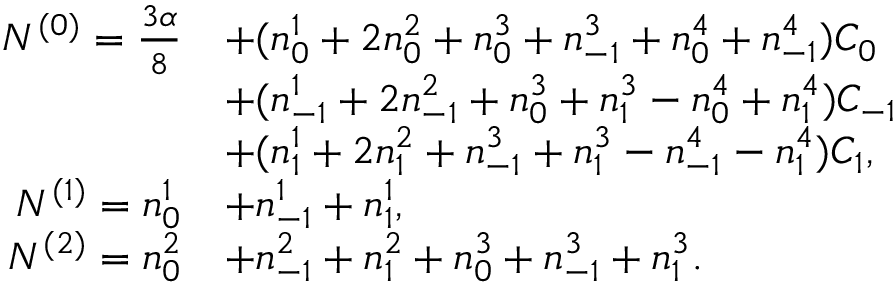
\begin{array} { r l } { N ^ { ( 0 ) } = \frac { 3 \alpha } { 8 } } & { + ( n _ { 0 } ^ { 1 } + 2 n _ { 0 } ^ { 2 } + n _ { 0 } ^ { 3 } + n _ { - 1 } ^ { 3 } + n _ { 0 } ^ { 4 } + n _ { - 1 } ^ { 4 } ) C _ { 0 } } \\ & { + ( n _ { - 1 } ^ { 1 } + 2 n _ { - 1 } ^ { 2 } + n _ { 0 } ^ { 3 } + n _ { 1 } ^ { 3 } - n _ { 0 } ^ { 4 } + n _ { 1 } ^ { 4 } ) C _ { - 1 } } \\ & { + ( n _ { 1 } ^ { 1 } + 2 n _ { 1 } ^ { 2 } + n _ { - 1 } ^ { 3 } + n _ { 1 } ^ { 3 } - n _ { - 1 } ^ { 4 } - n _ { 1 } ^ { 4 } ) C _ { 1 } , } \\ { N ^ { ( 1 ) } = n _ { 0 } ^ { 1 } } & { + n _ { - 1 } ^ { 1 } + n _ { 1 } ^ { 1 } , } \\ { N ^ { ( 2 ) } = n _ { 0 } ^ { 2 } } & { + n _ { - 1 } ^ { 2 } + n _ { 1 } ^ { 2 } + n _ { 0 } ^ { 3 } + n _ { - 1 } ^ { 3 } + n _ { 1 } ^ { 3 } . } \end{array}